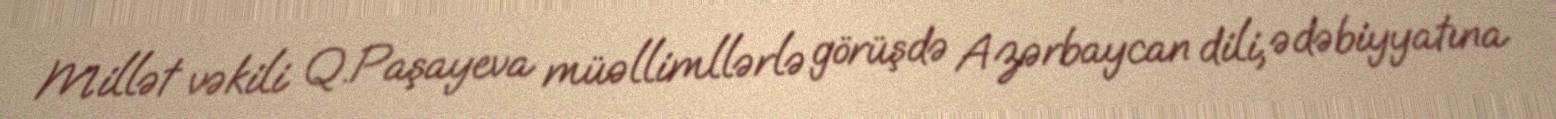
Millət vəkili Q.Paşayeva müəllimllərlə görüşdə Azərbaycan dili, ədəbiyyatına